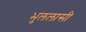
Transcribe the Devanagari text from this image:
भुललासी